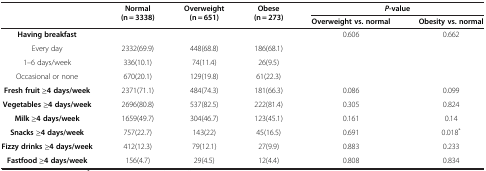
<table><thead><tr><td><b> </b></td><td><b>Normal (n = 3338)</b></td><td><b>Overweight (n = 651)</b></td><td><b>Obese (n = 273)</b></td><td colspan="2"><b><i>P</i>-value</b></td></tr><tr><td><b> </b></td><td><b> </b></td><td><b> </b></td><td><b> </b></td><td><b>Overweight vs. normal</b></td><td><b>Obesity vs. normal</b></td></tr></thead><tbody><tr><td><b>Having breakfast</b></td><td> </td><td> </td><td> </td><td>0.606</td><td>0.662</td></tr><tr><td>Every day</td><td>2332(69.9)</td><td>448(68.8)</td><td>186(68.1)</td><td> </td><td> </td></tr><tr><td>1–6 days/week</td><td>336(10.1)</td><td>74(11.4)</td><td>26(9.5)</td><td> </td><td> </td></tr><tr><td>Occasional or none</td><td>670(20.1)</td><td>129(19.8)</td><td>61(22.3)</td><td> </td><td> </td></tr><tr><td><b>Fresh fruit ≥4 days/week</b></td><td>2371(71.1)</td><td>484(74.3)</td><td>181(66.3)</td><td>0.086</td><td>0.099</td></tr><tr><td><b>Vegetables ≥4 days/week</b></td><td>2696(80.8)</td><td>537(82.5)</td><td>222(81.4)</td><td>0.305</td><td>0.824</td></tr><tr><td><b>Milk ≥4 days/week</b></td><td>1659(49.7)</td><td>304(46.7)</td><td>123(45.1)</td><td>0.161</td><td>0.14</td></tr><tr><td><b>Snacks ≥4 days/week</b></td><td>757(22.7)</td><td>143(22)</td><td>45(16.5)</td><td>0.691</td><td>0.018<sup>*</sup></td></tr><tr><td><b>Fizzy drinks ≥4 days/week</b></td><td>412(12.3)</td><td>79(12.1)</td><td>27(9.9)</td><td>0.883</td><td>0.233</td></tr><tr><td><b>Fastfood ≥4 days/week</b></td><td>156(4.7)</td><td>29(4.5)</td><td>12(4.4)</td><td>0.808</td><td>0.834</td></tr></tbody></table>